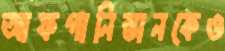
আফগানিস্তানকেও